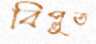
বিপ্লুত